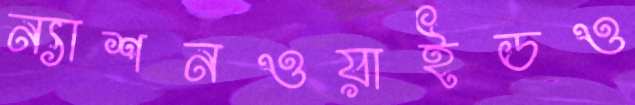
ন্যাশনওয়াইডও